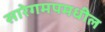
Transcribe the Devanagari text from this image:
सारेगमपमधील